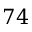
7 4